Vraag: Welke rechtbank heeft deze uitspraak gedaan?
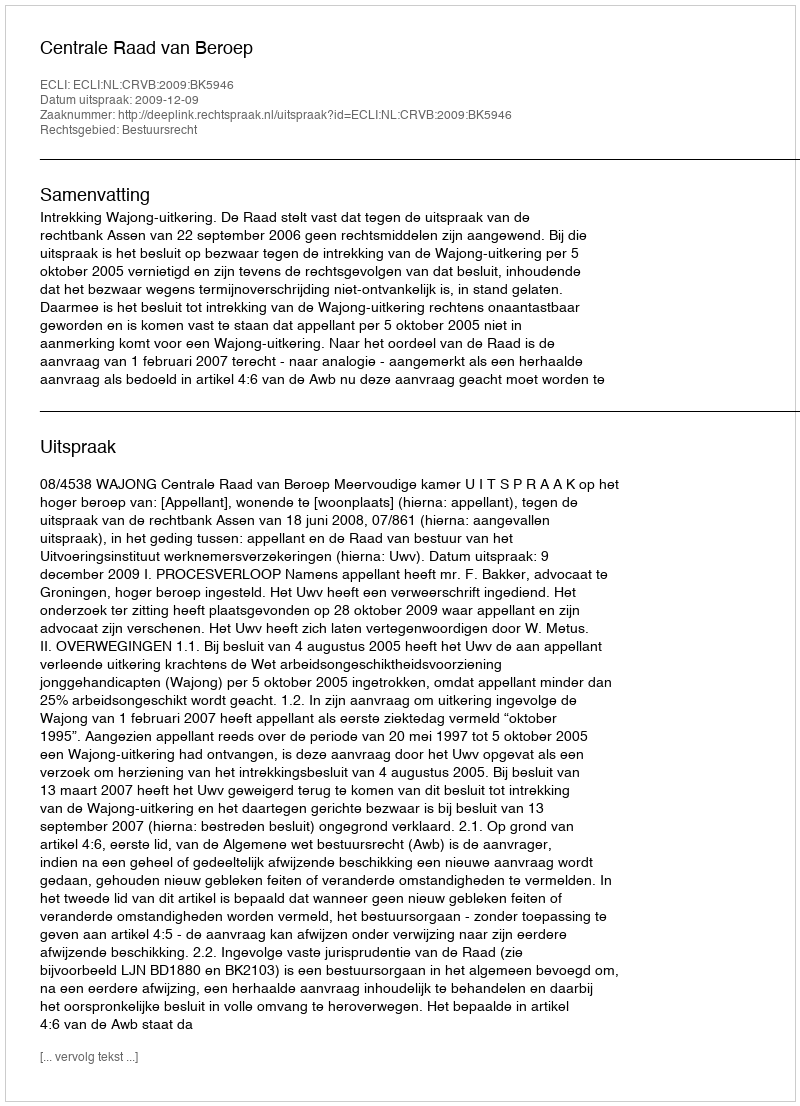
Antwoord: Centrale Raad van Beroep